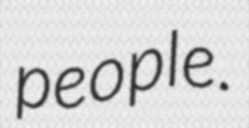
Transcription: people.